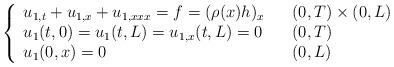
LaTeX: \begin{align*}\left\{\begin{array}[c]{lll}u_{1,t}+u_{1,x}+u_{1,xxx}= f = (\rho (x)h)_x & & ( 0,T) \times( 0,L) \\u_{1}( t,0) =u_{1}( t,L) =u_{1,x}( t,L) =0 & & ( 0,T) \\u_{1}( 0,x) =0 & & ( 0,L)\end{array}\right. \end{align*}